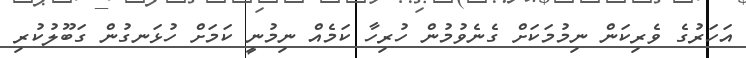
އަހަރުގެ ވެރިކަން ނިމުމަކަށް ގެނެވުމުން ހުރިހާ ކަމެއް ނިމުނީ ކަމަށް ހުޅަނގުން ގަބޫލުކުރި